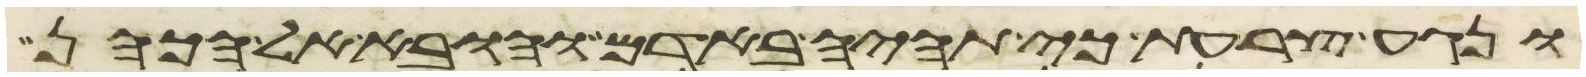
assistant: ונגע צרעת כי תהיה באדם והובא אל הכהן